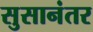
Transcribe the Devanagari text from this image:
सुसानंतर